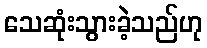
သေဆုံးသွားခဲ့သည်ဟု